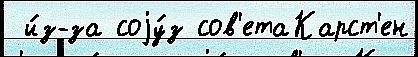
 и́з-за соjу́з сов'етаКарст'ен